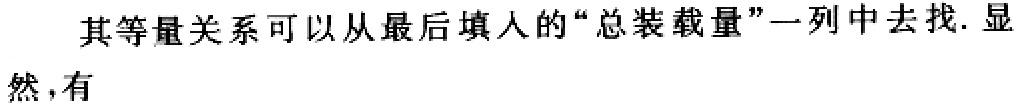
其等量关系可以从最后填人的“总装载量”一列中去找. 显然，有